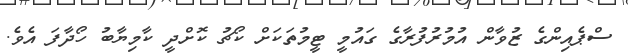
ސްޕެއިންގެ ޒުވާން އުމުރުފުރާގެ ގައުމީ ޓީމުތަކަށް ކޯޗު ކޮށްދީ ކާމިޔާބު ހޯދާފަ އެވެ.